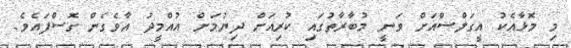
މި މޮޅާއެކު އީގަލްސްއަށް ވަނީ މުބާރާތުގައި ކުރިއަށް ދިޔުމަށް އުއްމީދު އާވެގެން ގޮސްފައެވެ.